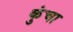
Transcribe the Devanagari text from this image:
कुंचा